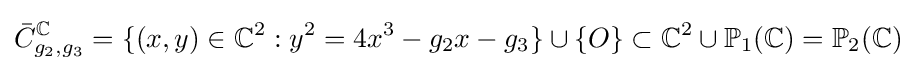
{\bar {C}}_{g_{2},g_{3}}^{\mathbb {C} }=\{(x,y)\in \mathbb {C} ^{2}:y^{2}=4x^{3}-g_{2}x-g_{3}\}\cup \{O\}\subset \mathbb {C} ^{2}\cup \mathbb {P} _{1}(\mathbb {C} )=\mathbb {P} _{2}(\mathbb {C} )